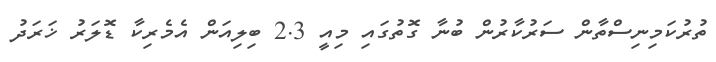
ތުރުކަމިނިސްތާން ސަރުކާރުން ބުނާ ގޮތުގައި މިއީ 2.3 ބިލިއަން އެމެރިކާ ޑޮލަރު ޚަރަދު